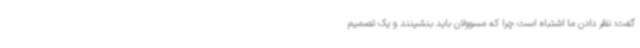
گفت: نظر دادن ما اشتباه است چرا که مسوولان باید بنشینند و یک تصمیم